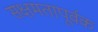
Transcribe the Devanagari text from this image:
सक्षमतापूर्वक